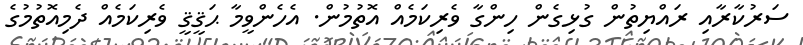
ސަރުކާރާއި ރައްޔިތުން ގުޅިގެން ހިންގާ ވެރިކަމެއް އޮތުމުން. އެހެންވީމާ ޙަޤީޤީ ވެރިކަމެއް ދެމިއޮތުމުގެ